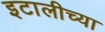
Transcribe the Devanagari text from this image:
इटालीच्या